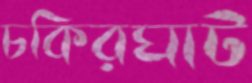
চকিরঘাট